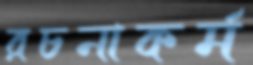
রচনাকর্ম